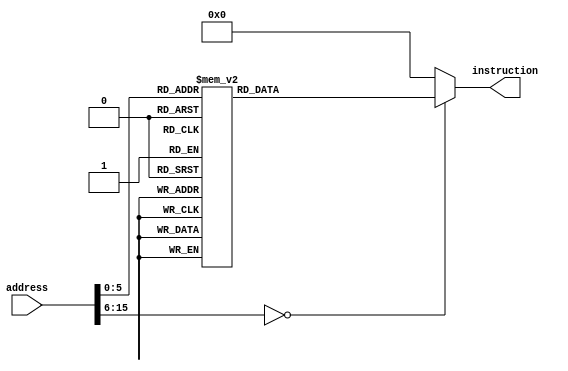
module instruction_mem(input [15:0] address,output reg [15:0] instruction);
always@(*)
begin
case(address)
	16'h0000: instruction = 16'h0120; //R1 + R2
	16'h0002: instruction = 16'h0121; //R1 - R2
	16'h0004: instruction = 16'h23FF; //R3 | FF
	16'h0006: instruction = 16'h134C; //R3 & 4C
	16'h0008: instruction = 16'h0564; //R5 * R6
	16'h000A: instruction = 16'h0158; //R1 / R5
	16'h000C: instruction = 16'h0FF1; //R15 - R15
	16'h000E: instruction = 16'h048E; //MOV R4, R8
	16'h0010: instruction = 16'h046F; //SWAP R4, R6
	16'h0012: instruction = 16'h2402; //R4 | 02
	16'h0014: instruction = 16'h8694; //LBU R6, 4(R9)
	16'h0016: instruction = 16'h9696; //SB R6, 6(R9)
	16'h0018: instruction = 16'hA696; //LW R6, 6(R9)
	16'h001A: instruction = 16'h6704; //BEQ R7, 4
	16'h001C: instruction = 16'h0B10; //R11 + R1
	16'h001E: instruction = 16'h4705; //BLT R7, 5
	16'h0020: instruction = 16'h0B20; //R11 + R2
	16'h0022: instruction = 16'h5702; //BGT R7, 2
	16'h0024: instruction = 16'h0110; //R1 + R1
	16'h0026: instruction = 16'h0110; //R1 + R1
	16'h0028: instruction = 16'hA890; //LW R8, 0(R9)
	16'h002A: instruction = 16'h0880; //R8 + R8
	16'h002C: instruction = 16'hB892; //SW R8, 2(R9)
	16'h002E: instruction = 16'hAA92; //LW R10, 2(R9)
	16'h0030: instruction = 16'h0CC0; //R12 + R12
	16'h0032: instruction = 16'h0DD1; //R13 - R13
	16'h0034: instruction = 16'h0CD0; //R12 + R13
	16'h0036: instruction = 16'hFFFF; //HALT
	default:  instruction = 16'h0000;
endcase
end
endmodule